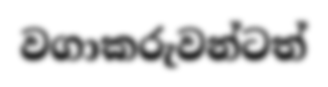
වගාකරුවන්ටත්